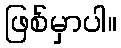
ဖြစ်မှာပါ။